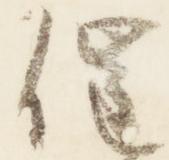
催